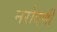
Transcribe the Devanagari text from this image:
नरोदणी